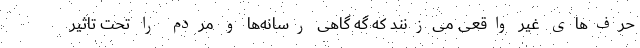
حرف‌های غیر واقعی می‌زنند که گه گاهی رسانه‌ها و مردم را تحت تاثیر